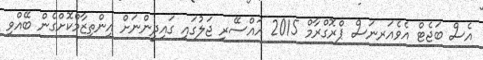
އެސް ބަޖެޓް އެވެއަރނަސް ޕްރޮގްރާމް 2015 އައްސޭރި ޖަލުގައި ގައިދީންނަށް އިންތިޒާމްކޮށްގެން ބޭއްވި